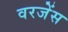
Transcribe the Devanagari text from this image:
वरजेंस